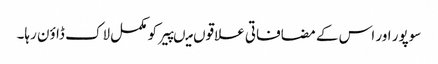
سوپور اور اس کے مضافاتی علاقوں میںپیر کو مکمل لاک ڈاؤن رہا۔